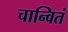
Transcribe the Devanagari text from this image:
चान्वितं